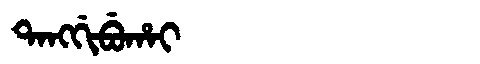
Manchu: ᡨᠠᠩᡤᡳᠪᡠᡥᠠᡳ
Romanization: TANGGIBUHAI